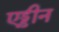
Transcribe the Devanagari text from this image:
एड्डीन